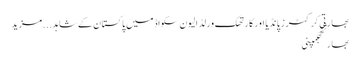
بھارتی کرکٹرز پانڈیا اور کارتھک ورلڈ الیون سکواڈ میں پاکستان کے شاہد ... مزید
بھارتحجکمپنی